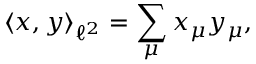
\langle x , y \rangle _ { \ell ^ { 2 } } = \sum _ { \mu } x _ { \mu } y _ { \mu } ,